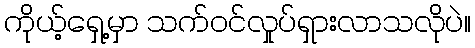
ကိုယ့်ရှေ့မှာ သက်ဝင်လှုပ်ရှားလာသလိုပဲ။